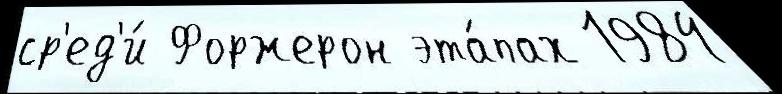
ср'ед'и́ Форжерон эта́пах 1984